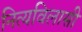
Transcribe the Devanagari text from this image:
नित्यविलासी